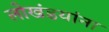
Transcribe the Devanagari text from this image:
लोखंडयांना